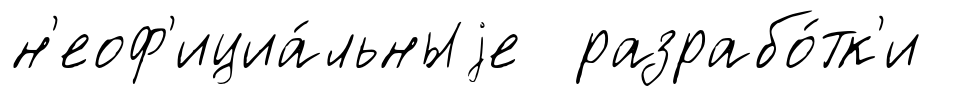
н'еоф'ициа́льныjе разрабо́тк'и